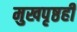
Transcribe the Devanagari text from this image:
मुखपृष्ठही